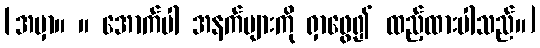
[အမှာ။ ။ အောက်ပါ အနက်များကို ရှာဖွေ၍ ထည့်ထားပါသည်။]